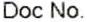
DOC NO.